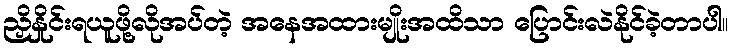
ညှိနှိုင်းရယူဖို့လိုအပ်တဲ့ အနေအထားမျိုးအထိသာ ပြောင်းလဲနိုင်ခဲ့တာပါ။